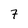
Character: 7